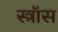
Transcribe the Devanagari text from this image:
स्त्रॉस